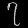
Digit: ၇